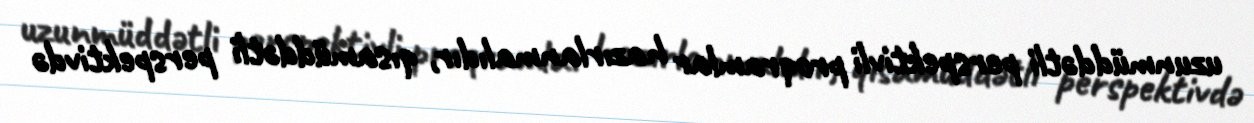
uzunmüddətli perspektivli proqramlar hazırlanmalıdır, qısamüddətli perspektivdə